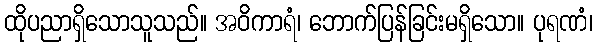
ထိုပညာရှိသောသူသည်။ အဝိကာရံ၊ ဘောက်ပြန်ခြင်းမရှိသော။ ပုရဏံ၊